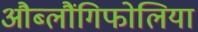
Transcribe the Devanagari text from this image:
औब्लौंगिफोलिया